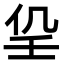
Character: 𡔟